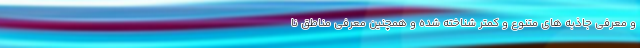
و معرفی جاذبه های متنوع و کمتر شناخته شده و همچنین معرفی مناطق نا